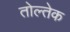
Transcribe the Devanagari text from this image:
तोल्तेक